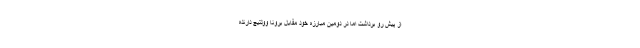
از پیش رو برداشت اما در دومین مبارزه خود مقابل برونا وولتیچ دارنده